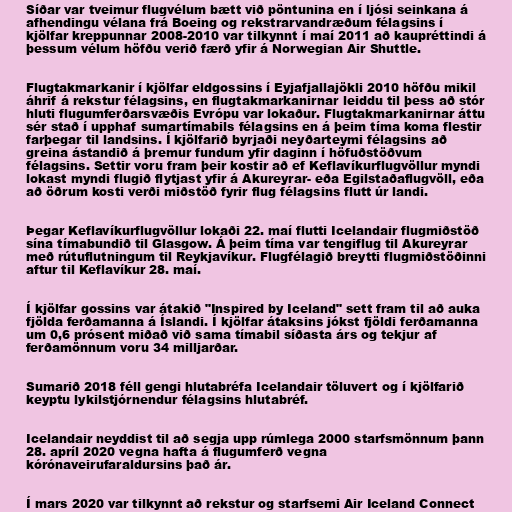
Síðar var tveimur flugvélum bætt við pöntunina en í ljósi seinkana á
afhendingu vélana frá Boeing og rekstrarvandræðum félagsins í
kjölfar kreppunnar 2008-2010 var tilkynnt í maí 2011 að kaupréttindi á
þessum vélum höfðu verið færð yfir á Norwegian Air Shuttle.

Flugtakmarkanir í kjölfar eldgossins í Eyjafjallajökli 2010 höfðu mikil
áhrif á rekstur félagsins, en flugtakmarkanirnar leiddu til þess að stór
hluti flugumferðarsvæðis Evrópu var lokaður. Flugtakmarkanirnar áttu
sér stað í upphaf sumartímabils félagsins en á þeim tíma koma flestir
farþegar til landsins. Í kjölfarið byrjaði neyðarteymi félagsins að
greina ástandið á þremur fundum yfir daginn í höfuðstöðvum
félagsins. Settir voru fram þeir kostir að ef Keflavíkurflugvöllur myndi
lokast myndi flugið flytjast yfir á Akureyrar- eða Egilstaðaflugvöll, eða
að öðrum kosti verði miðstöð fyrir flug félagsins flutt úr landi.

Þegar Keflavíkurflugvöllur lokaði 22. maí flutti Icelandair flugmiðstöð
sína tímabundið til Glasgow. Á þeim tíma var tengiflug til Akureyrar
með rútuflutningum til Reykjavíkur. Flugfélagið breytti flugmiðstöðinni
aftur til Keflavíkur 28. maí.

Í kjölfar gossins var átakið "Inspired by Iceland" sett fram til að auka
fjölda ferðamanna á Íslandi. Í kjölfar átaksins jókst fjöldi ferðamanna
um 0,6 prósent miðað við sama tímabil síðasta árs og tekjur af
ferðamönnum voru 34 milljarðar.

Sumarið 2018 féll gengi hlutabréfa Icelandair töluvert og í kjölfarið
keyptu lykilstjórnendur félagsins hlutabréf.

Icelandair neyddist til að segja upp rúmlega 2000 starfsmönnum þann
28. apríl 2020 vegna hafta á flugumferð vegna
kórónaveirufaraldursins það ár.

Í mars 2020 var tilkynnt að rekstur og starfsemi Air Iceland Connect